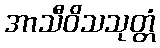
အာသီဝိသသုတ္တံ